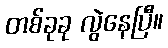
တစ်ခုခု လွဲနေပြီ။